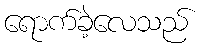
ရောက်ခဲ့လေသည်